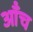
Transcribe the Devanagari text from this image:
ऑंच